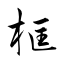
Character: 框